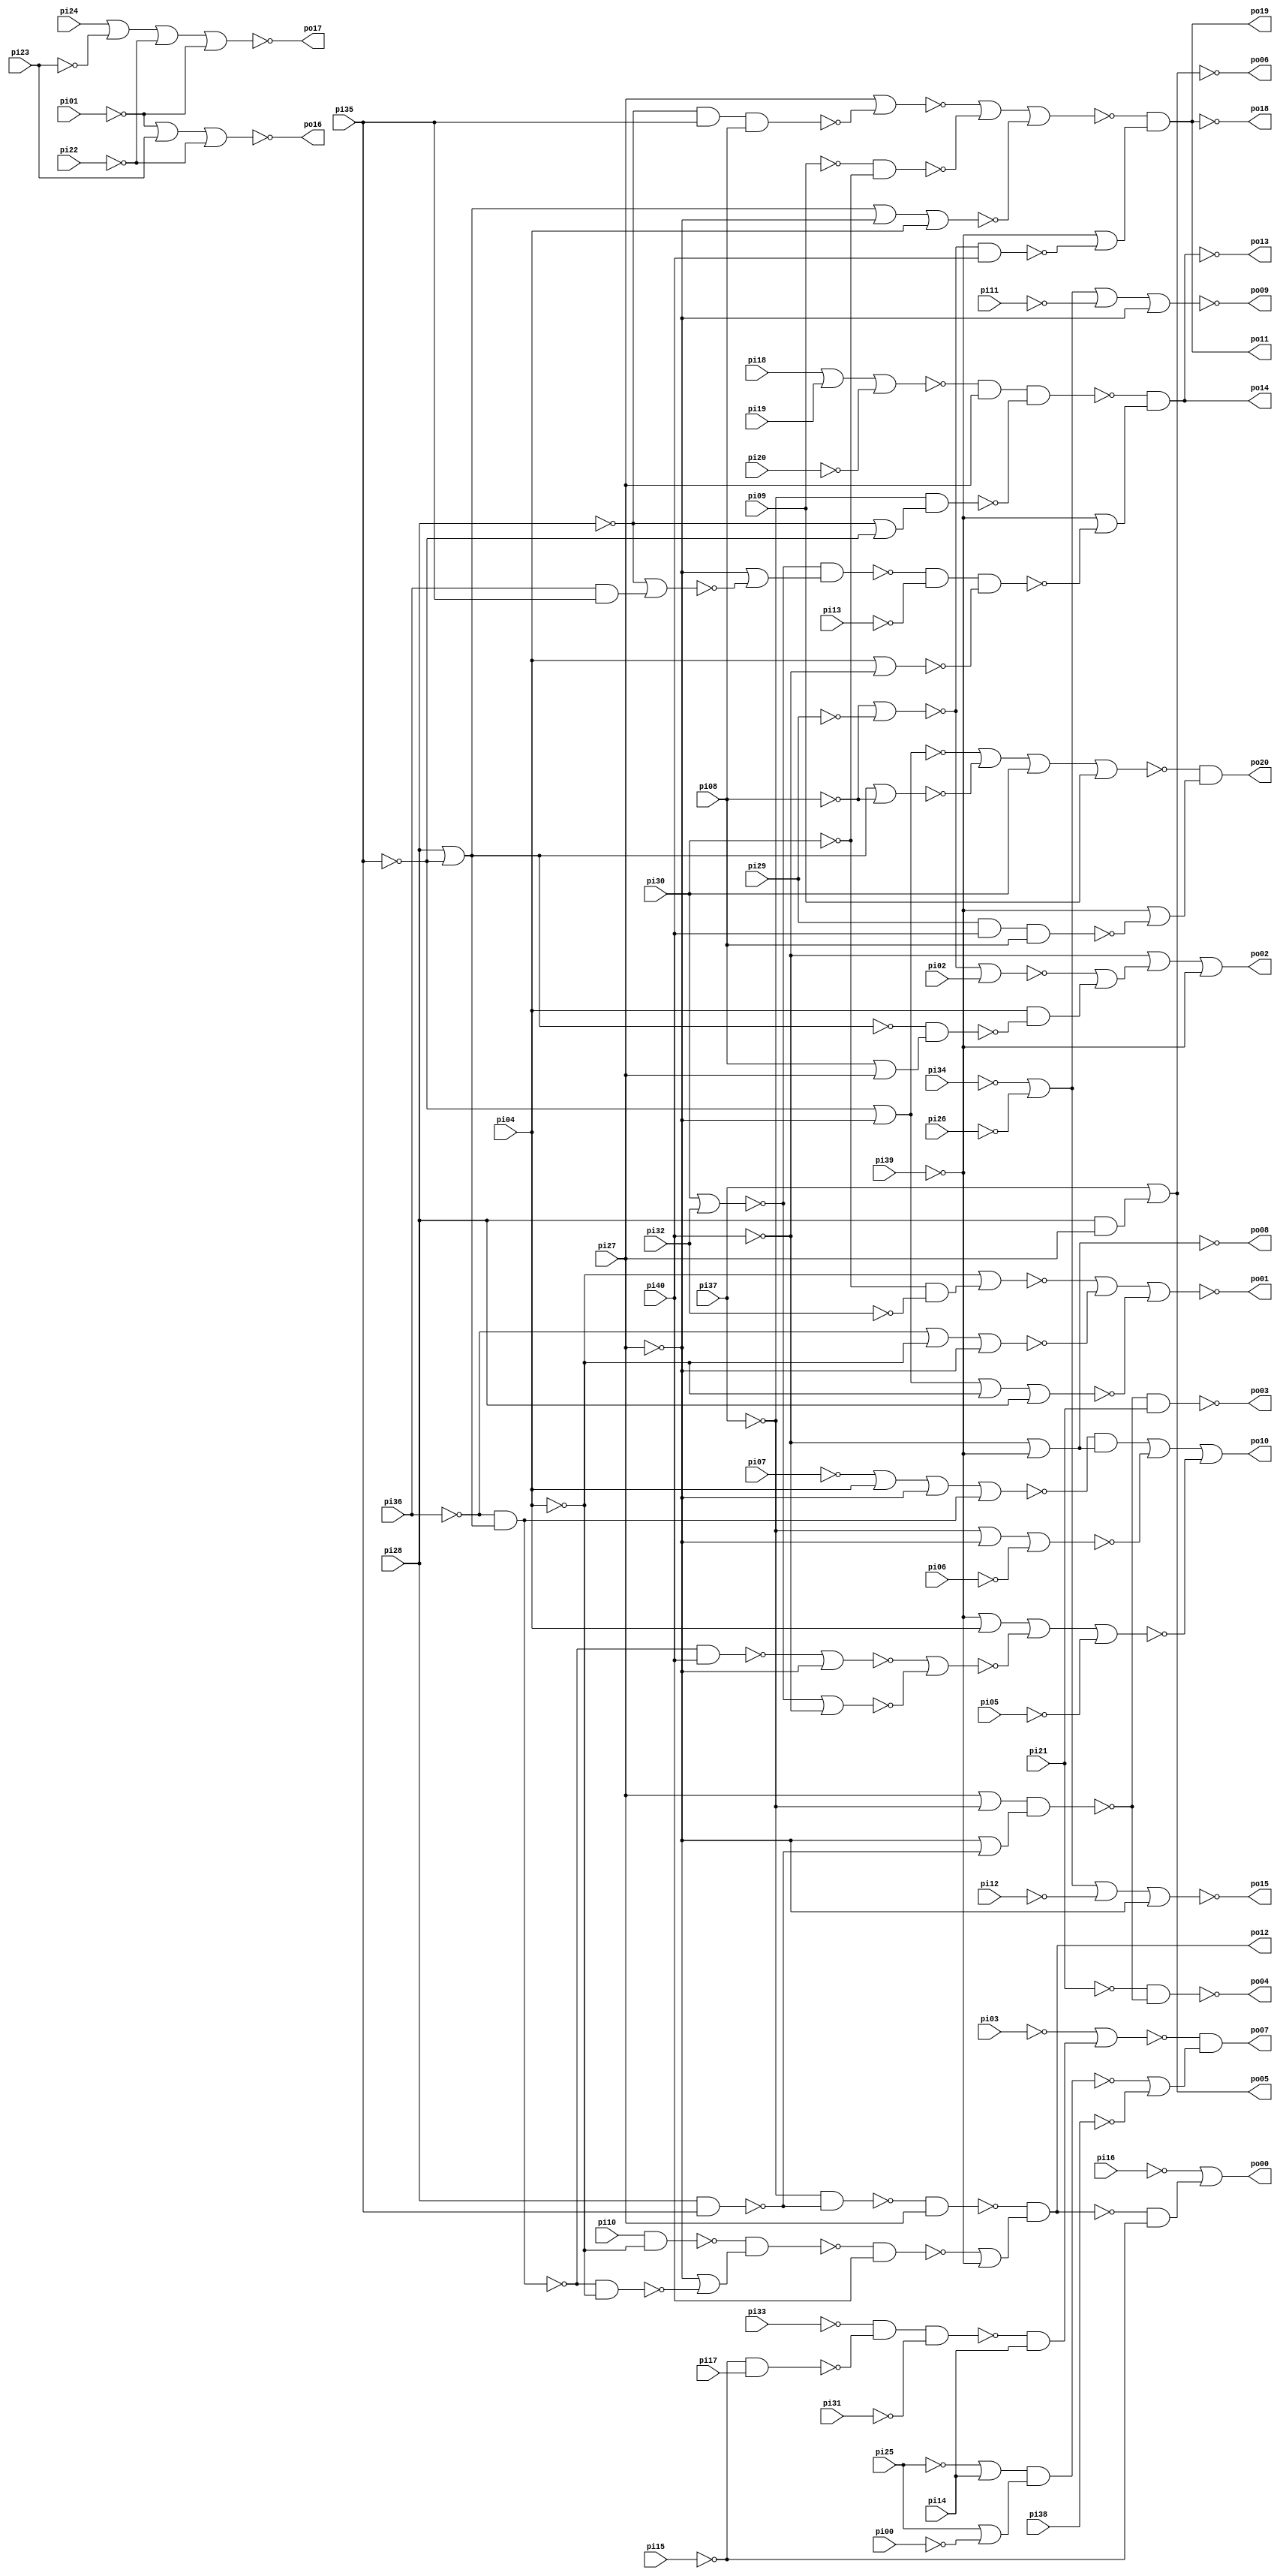
// Benchmark "b9" written by ABC on Thu Mar 19 13:02:36 2020

module b9 ( 
    pi00, pi01, pi02, pi03, pi04, pi05, pi06, pi07, pi08, pi09, pi10, pi11,
    pi12, pi13, pi14, pi15, pi16, pi17, pi18, pi19, pi20, pi21, pi22, pi23,
    pi24, pi25, pi26, pi27, pi28, pi29, pi30, pi31, pi32, pi33, pi34, pi35,
    pi36, pi37, pi38, pi39, pi40,
    po00, po01, po02, po03, po04, po05, po06, po07, po08, po09, po10, po11,
    po12, po13, po14, po15, po16, po17, po18, po19, po20  );
  input  pi00, pi01, pi02, pi03, pi04, pi05, pi06, pi07, pi08, pi09,
    pi10, pi11, pi12, pi13, pi14, pi15, pi16, pi17, pi18, pi19, pi20, pi21,
    pi22, pi23, pi24, pi25, pi26, pi27, pi28, pi29, pi30, pi31, pi32, pi33,
    pi34, pi35, pi36, pi37, pi38, pi39, pi40;
  output po00, po01, po02, po03, po04, po05, po06, po07, po08, po09, po10,
    po11, po12, po13, po14, po15, po16, po17, po18, po19, po20;
  wire new_n84_, new_n85_, new_n86_, new_n87_, new_n88_, new_n89_, new_n90_,
    new_n91_, new_n92_, new_n93_, new_n94_, new_n95_, new_n96_, new_n97_,
    new_n98_, new_n99_, new_n100_, new_n101_, new_n102_, new_n103_,
    new_n104_, new_n105_, new_n106_, new_n107_, new_n108_, new_n109_,
    new_n110_, new_n111_, new_n112_, new_n113_, new_n114_, new_n115_,
    new_n116_, new_n117_, new_n118_, new_n119_, new_n120_, new_n121_,
    new_n122_, new_n123_, new_n124_, new_n125_, new_n126_, new_n127_,
    new_n128_, new_n129_, new_n130_, new_n131_, new_n132_, new_n133_,
    new_n134_, new_n135_, new_n136_, new_n137_, new_n138_, new_n139_,
    new_n140_, new_n141_, new_n142_, new_n143_, new_n144_, new_n145_,
    new_n146_, new_n147_, new_n148_, new_n149_, new_n150_, new_n151_,
    new_n152_, new_n153_, new_n154_, new_n155_, new_n156_, new_n157_,
    new_n158_, new_n159_, new_n160_, new_n161_, new_n162_, new_n163_,
    new_n164_, new_n165_, new_n166_, new_n167_, new_n168_, new_n169_,
    new_n170_, new_n171_, new_n172_, new_n173_, new_n174_, new_n175_,
    new_n176_, new_n177_, new_n178_, new_n179_;
  assign po00 = ~pi16 | (~new_n93_ & ~pi15);
  assign po01 = ~new_n130_;
  assign po02 = ~pi40 | ~new_n116_ | ~pi39;
  assign po03 = ~new_n110_;
  assign po04 = ~new_n111_;
  assign po05 = ~po06;
  assign po06 = ~new_n140_;
  assign po07 = ~new_n99_ & (~new_n100_ | ~pi38);
  assign po08 = ~new_n157_;
  assign po09 = ~new_n102_;
  assign po10 = ~new_n167_ | ~new_n165_ | ~new_n166_;
  assign po11 = ~new_n85_ & (~pi39 | ~new_n86_);
  assign po12 = ~new_n177_ & (~new_n150_ | ~pi39);
  assign po13 = ~new_n101_;
  assign po14 = ~po13;
  assign po15 = ~new_n113_;
  assign po16 = ~new_n134_;
  assign po17 = ~new_n135_;
  assign po18 = ~po11;
  assign po19 = ~po18;
  assign po20 = ~new_n97_ & (~pi39 | ~new_n98_);
  assign new_n84_ = ~pi14;
  assign new_n85_ = ~new_n91_ | ~new_n89_ | ~new_n90_;
  assign new_n86_ = ~new_n87_ & ~new_n88_;
  assign new_n87_ = ~pi08 | ~pi29;
  assign new_n88_ = ~pi40;
  assign new_n89_ = ~pi09 & ~pi30;
  assign new_n90_ = ~pi35 | ~new_n122_ | ~pi27 | ~new_n133_;
  assign new_n91_ = ~new_n112_ | ~new_n118_;
  assign new_n92_ = ~po12;
  assign new_n93_ = ~new_n92_;
  assign new_n94_ = ~pi35;
  assign new_n95_ = ~new_n122_ & ~new_n94_;
  assign new_n96_ = ~pi37 & ~new_n95_;
  assign new_n97_ = ~new_n124_ | ~new_n123_ | ~new_n125_ | ~new_n126_;
  assign new_n98_ = ~new_n156_ & ~new_n103_ & ~new_n155_;
  assign new_n99_ = ~pi03 | (~new_n143_ & ~new_n84_);
  assign new_n100_ = (~pi25 | ~new_n84_) & (~new_n104_ | ~pi00);
  assign new_n101_ = ~new_n175_ & (~pi39 | ~new_n161_);
  assign new_n102_ = ~new_n162_ | ~pi11 | ~pi27;
  assign new_n103_ = ~pi40;
  assign new_n104_ = ~pi25;
  assign new_n105_ = ~pi40;
  assign new_n106_ = ~pi23;
  assign new_n107_ = ~pi24;
  assign new_n108_ = ~pi21;
  assign new_n109_ = ~pi40;
  assign new_n110_ = ~new_n115_ & ~new_n108_;
  assign new_n111_ = ~pi21 & ~new_n115_;
  assign new_n112_ = ~pi27;
  assign new_n113_ = ~new_n162_ | ~pi12 | ~pi27;
  assign new_n114_ = ~new_n122_ & ~new_n131_;
  assign new_n115_ = (~new_n112_ | ~pi37) & (~pi27 | ~new_n114_);
  assign new_n116_ = ~new_n117_;
  assign new_n117_ = ~new_n121_ | (~new_n133_ & ~new_n178_);
  assign new_n118_ = ~pi28 & ~new_n131_ & ~new_n155_;
  assign new_n119_ = ~pi08 | ~pi29;
  assign new_n120_ = ~pi02;
  assign new_n121_ = ~new_n119_ | ~new_n120_;
  assign new_n122_ = ~pi28;
  assign new_n123_ = ~pi35 | ~new_n122_ | ~pi08;
  assign new_n124_ = ~pi35 | ~pi27;
  assign new_n125_ = ~pi30;
  assign new_n126_ = ~pi09;
  assign new_n127_ = ~pi36 | ~pi04 | ~pi27;
  assign new_n128_ = ~pi35 | ~pi27 | ~pi04 | ~new_n122_;
  assign new_n129_ = ~pi04 | (~pi30 & ~pi32);
  assign new_n130_ = ~new_n129_ | ~new_n127_ | ~new_n128_;
  assign new_n131_ = ~pi35;
  assign new_n132_ = ~pi32;
  assign new_n133_ = ~pi04;
  assign new_n134_ = ~pi01 | ~new_n106_ | ~pi22;
  assign new_n135_ = ~new_n107_ | ~pi23 | ~pi22 | ~pi01;
  assign new_n136_ = ~pi36 & (~new_n122_ | ~pi35);
  assign new_n137_ = ~new_n136_;
  assign new_n138_ = ~pi07 | ~new_n133_ | ~pi27 | ~new_n137_;
  assign new_n139_ = ~new_n136_ & ~new_n105_;
  assign new_n140_ = ~new_n141_ | (~new_n122_ & ~new_n112_);
  assign new_n141_ = ~pi37;
  assign new_n142_ = ~pi15 & ~new_n164_;
  assign new_n143_ = ~pi33 & ~new_n142_ & ~pi31;
  assign new_n144_ = ~pi32;
  assign new_n145_ = ~pi36;
  assign new_n146_ = ~pi19;
  assign new_n147_ = ~pi18;
  assign new_n148_ = ~new_n147_ | ~new_n146_ | ~pi20;
  assign new_n149_ = ~new_n154_ & (~pi27 | ~new_n152_);
  assign new_n150_ = ~new_n149_ & ~new_n109_;
  assign new_n151_ = ~pi36 & (~pi35 | ~new_n122_);
  assign new_n152_ = ~new_n151_ & ~pi04;
  assign new_n153_ = ~pi10;
  assign new_n154_ = ~new_n153_ & ~pi04;
  assign new_n155_ = ~pi08;
  assign new_n156_ = ~pi29;
  assign new_n157_ = ~pi40 | ~pi39;
  assign new_n158_ = ~new_n125_ | ~new_n144_;
  assign new_n159_ = ~new_n133_ | ~pi40;
  assign new_n160_ = ~new_n158_ & (~pi27 | ~new_n176_);
  assign new_n161_ = ~new_n160_ & ~pi13 & ~new_n159_;
  assign new_n162_ = ~new_n179_;
  assign new_n163_ = ~pi35 | ~new_n122_;
  assign new_n164_ = ~pi17;
  assign new_n165_ = ~pi37 | ~pi27 | ~pi06;
  assign new_n166_ = ~pi39 | ~new_n133_ | ~new_n169_ | ~pi05;
  assign new_n167_ = ~new_n170_;
  assign new_n168_ = ~pi30;
  assign new_n169_ = ~new_n171_ | ~new_n172_;
  assign new_n170_ = ~new_n138_ & (~pi40 | ~pi39);
  assign new_n171_ = ~new_n139_ | ~pi27;
  assign new_n172_ = ~new_n173_ | ~pi40;
  assign new_n173_ = ~new_n168_ | ~new_n132_;
  assign new_n174_ = ~pi37 & (~pi28 | ~pi35);
  assign new_n175_ = ~new_n148_ & ~new_n112_ & ~new_n174_;
  assign new_n176_ = ~pi28 | (~new_n145_ & ~new_n131_);
  assign new_n177_ = ~new_n96_ & ~new_n112_;
  assign new_n178_ = ~new_n163_ & (~new_n155_ | ~new_n112_);
  assign new_n179_ = ~pi34 | ~pi26;
endmodule